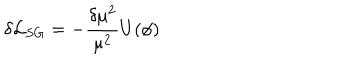
LaTeX: \delta { \cal { L } } _ { S G } = - \frac { \delta \mu ^ { 2 } } { \mu ^ { 2 } } U ( \phi )